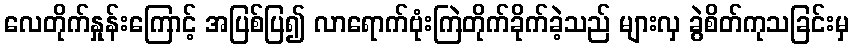
လေတိုက်နှုန်းကြောင့် အပြစ်ပြ၍ လာရောက်ဗုံးကြဲတိုက်ခိုက်ခဲ့သည် များလှ ခွဲစိတ်ကုသခြင်းမှ